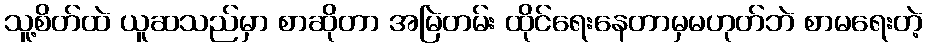
သူ့စိတ်ထဲ ယူဆသည်မှာ စာဆိုတာ အမြဲတမ်း ထိုင်ရေးနေတာမှမဟုတ်ဘဲ စာမရေးတဲ့